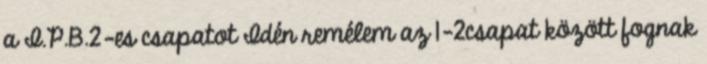
a I.P.B.2-es csapatot Idén remélem az 1-2csapat között fognak